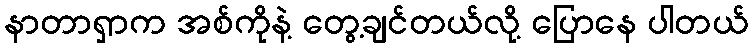
နာတာရှာက အစ်ကိုနဲ့ တွေ့ချင်တယ်လို့ ပြောနေ ပါတယ်